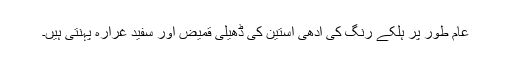
عام طور پر ہلکے رنگ کی آدھی آستین کی ڈھیلی قمیض اور سفید غرارہ پہنتی ہیں۔